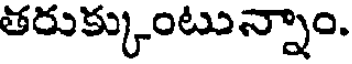
తరుక్కుంటున్నాం.